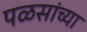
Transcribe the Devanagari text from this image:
पळसांच्या